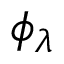
\phi _ { \lambda }